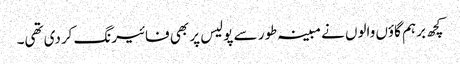
کچھ برہم گاؤں والوں نے مبینہ طور سے پولیس پر بھی فائیرنگ کردی تھی۔